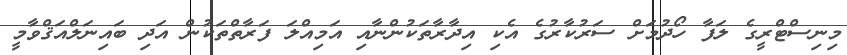
މިނިސްޓްރީގެ ލަފާ ހޯދުމަށް ސަރުކާރުގެ އެކި އިދާރާތަކުންނާއި އަމިއްލަ ފަރާތްތަކުން އަދި ބައިނަލްއަޤްވާމީ